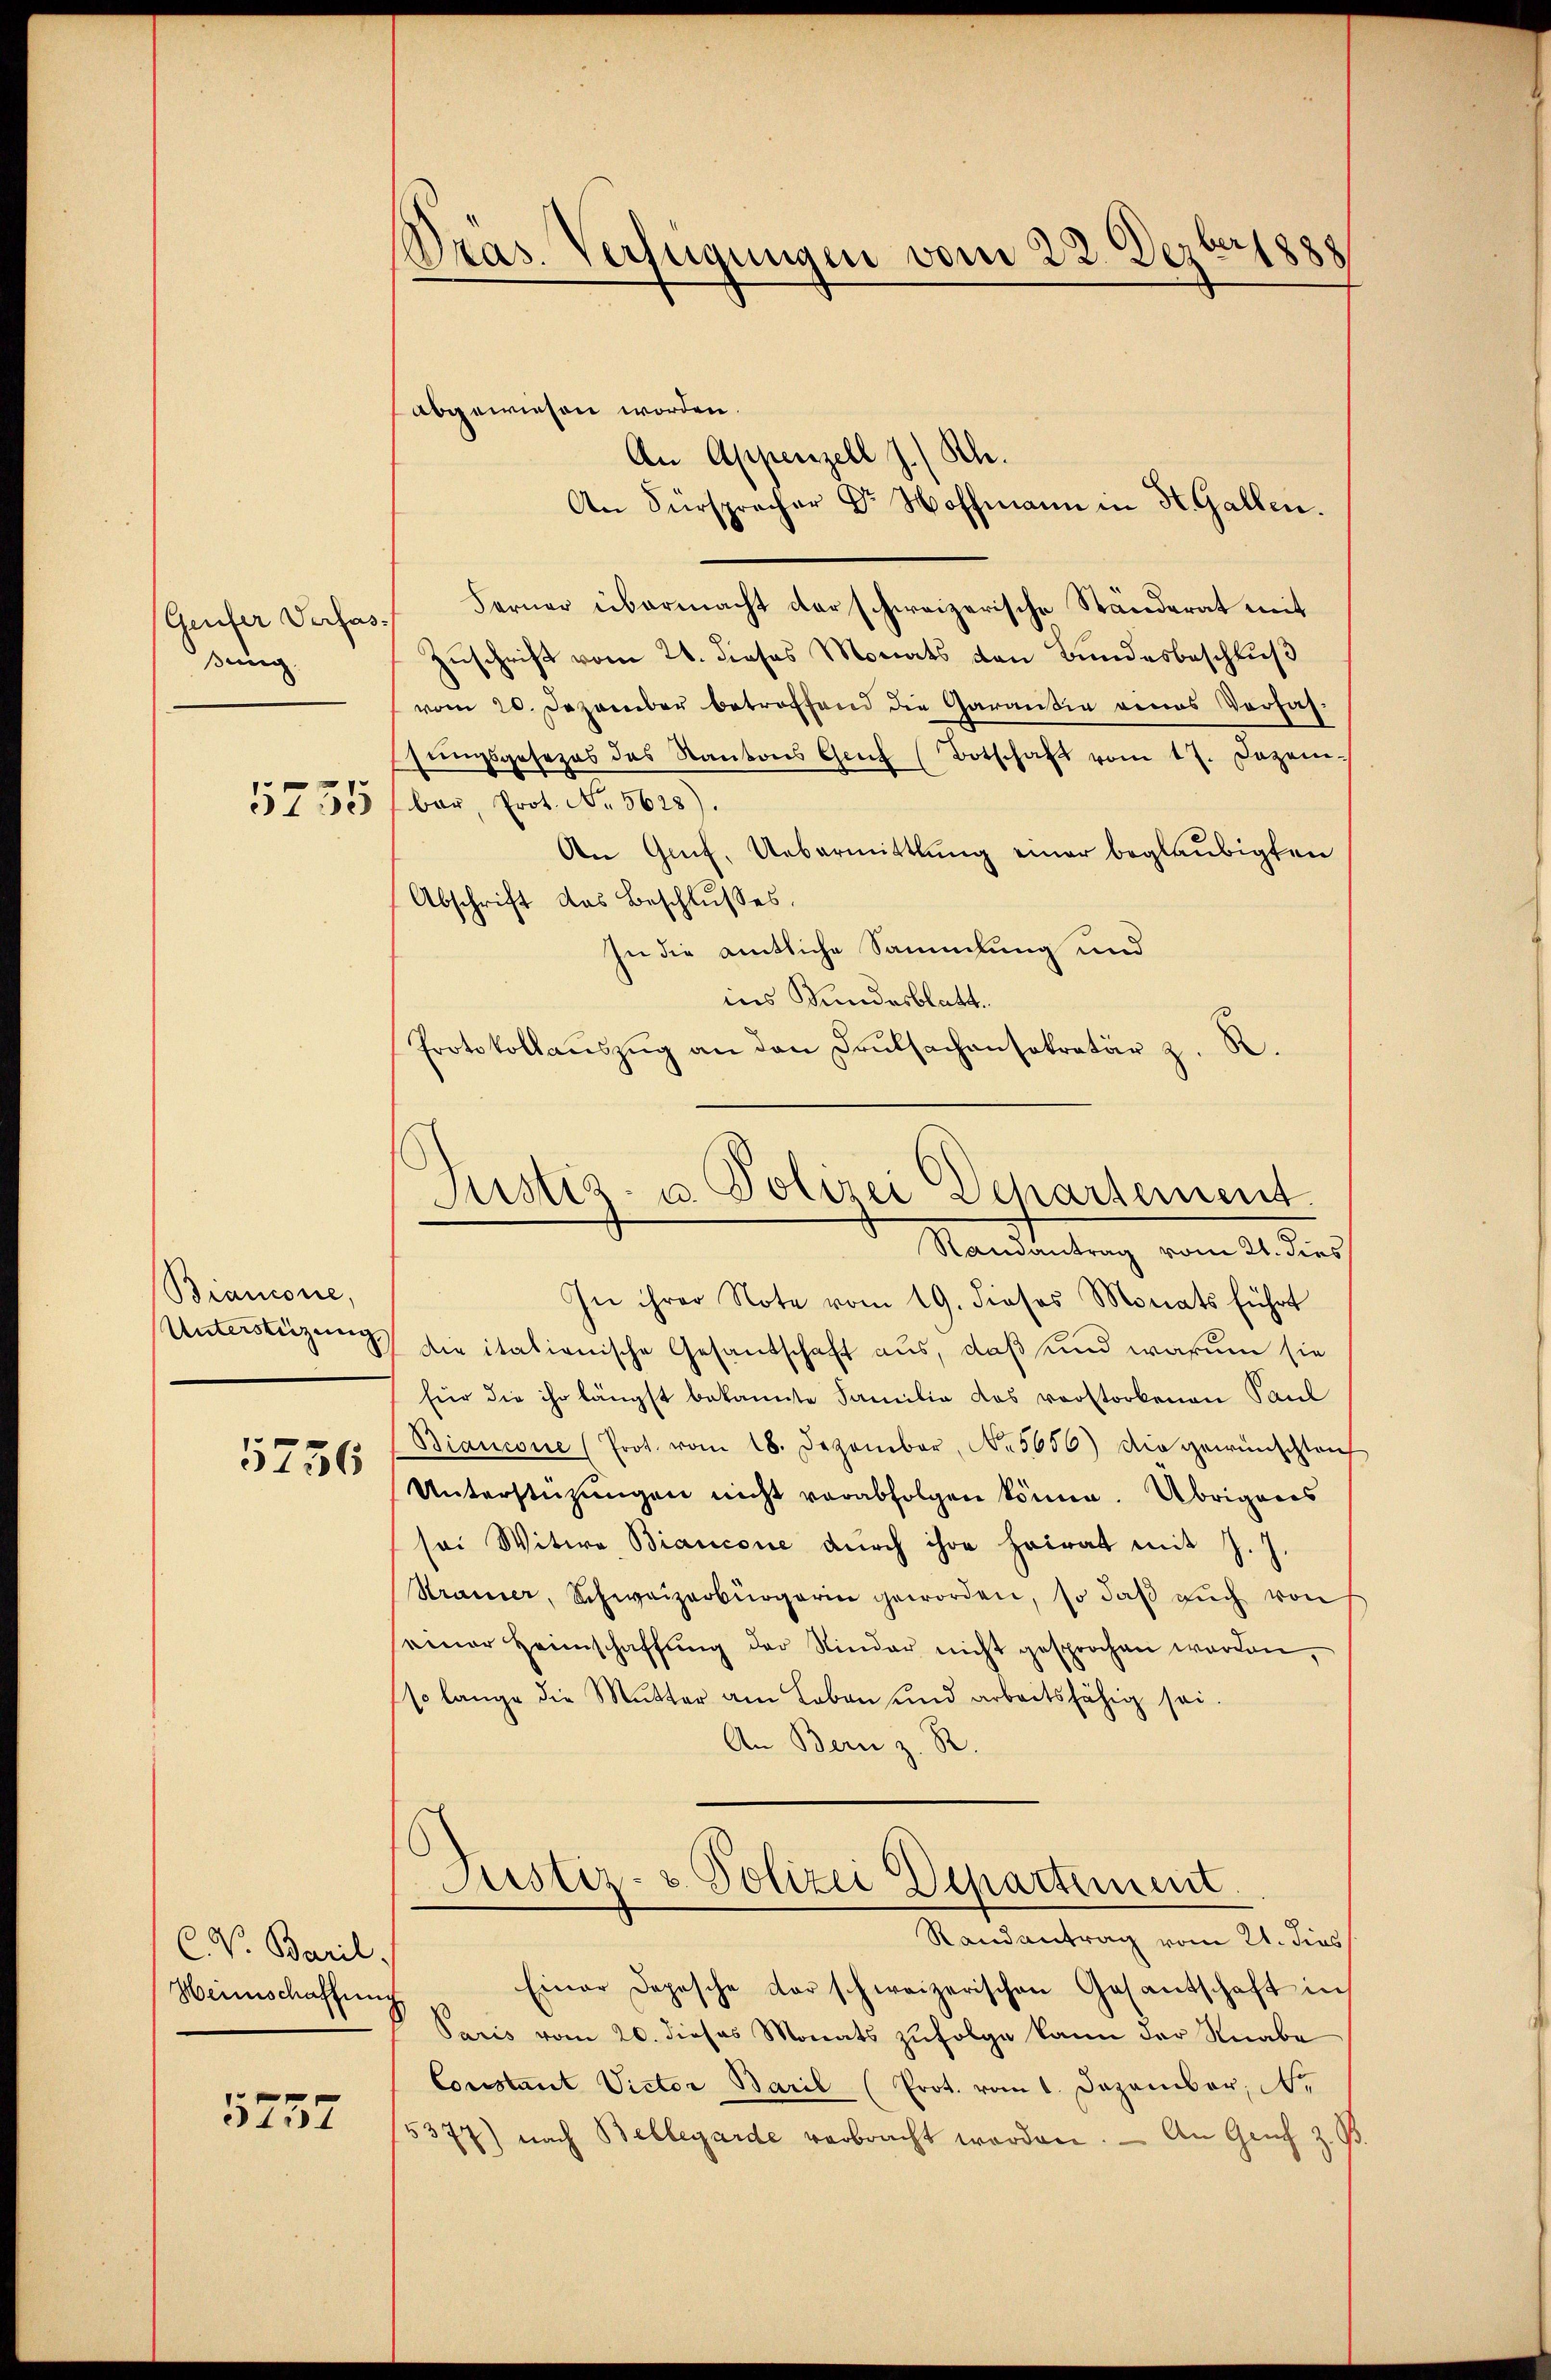
Genfer Verfas-
ßung.
5255

Biancore,
Unterstüzung,

5256

C. V. Baril
Heimschaffung

5737

Dras. Verfügungen vom 22. Dezbr 1888

abgewiesen worden.
An Appenzell J. Rh.
An Fürspracher Dr. Hoffmann in H. Gallen.
Ferner übermacht der schweizerische Ständerat mit
Zuschrift vom 21. dieses Monats den Bundesbeschluß
vom 20. Dezember betroffend die Garantin genes Verfas-
sŭngsgesezes des Kantons Geh (Botschaft vom 17. Dezem-
bar, Prot. No. 5628).
An Grif, Uebermittlung einer beglaubigten
Abschrift das Beschlŭsses.
In die amtliche Sammlung und
ins Bundesblatt.
Protokollaŭszŭg an den Paulsachensekretär z. R.

Justiz- u. Polizei Departement.
Randantrag vom 21. dies

In ihrer Note vom 19. dieses Monats führt
die italienische Gesandschaft aus, daß und warum sie
für die ihr längst bekannte Familie das vorstorbenen Paul
Biancone (Prot. vom 18. Dezember, No. 5650) Die gewünschten
Unterstützŭngen nicht verabfolgen könne. Übrigens
sei Witwe Biancone durch ihre heirat mit J. 1
Stramer, Schweizerbürgerin geworden, so daβ aŭch von
seiner Heimschaffŭng der Kinder nicht gesprochen werden,
so lange die Mutter am Leben und arbeitsfähig sei.
An Bern z. R
Justiz- & Polizei Departiment
Randantrag vom 21. dies
Einer Depesche darschweizerischen Gesantschaft in
Paris vom 20. dieses Monats zufolge kann der Knabe
Constant Victor Baril (Prot. vom 1. Dezember, N.
5377) nach Bellegarde verbracht worden. - An Genf z. B.